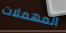
المهملات